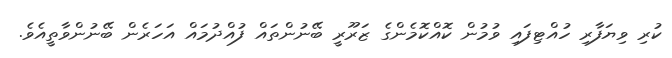
ކުރި ވިޔަފާރި ހުއްޓިފައި ވުމުން ކޮއްކޮމެންގެ ޒަރޫރީ ބޭނުންތައް ފުއްދުމައް އަހަރެން ބޭނުންވާތީއެވެ.